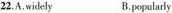
22.A.widely B.popularly